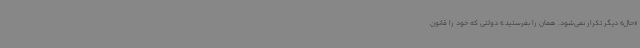
«حال» دیگر تکرار نمی‌شود. همان را بفرستید.» دولتی که خود را قانون